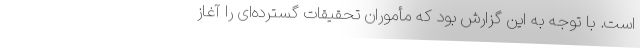
است. با توجه به این گزارش بود که مأموران تحقیقات گسترده‌ای را آغاز